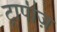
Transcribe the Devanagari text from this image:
ट्रापीज़